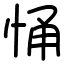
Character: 悀